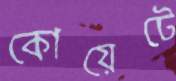
কোয়েটে